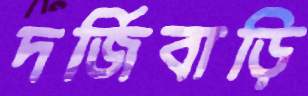
দর্জিবাড়ি